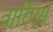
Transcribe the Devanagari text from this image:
वार्रिएर्स